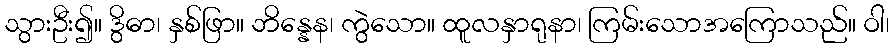
သွားဦး၍။ ဒွိဓာ၊ နှစ်ဖြာ။ ဘိန္နေန၊ ကွဲသော။ ထူလနှာရုနာ၊ ကြမ်းသောအကြောသည်။ ဝါ၊